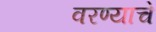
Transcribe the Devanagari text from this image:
वरण्याचे